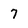
Character: 7